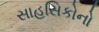
સાહસિકોનો